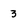
Character: 3